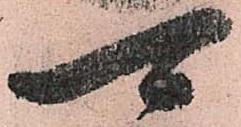
可